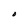
Character: O